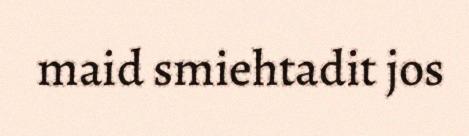
maid smiehtadit jos